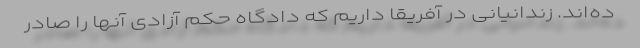
ده‌اند. زندانیانی در آفریقا داریم که دادگاه حکم آزادی آنها را صادر